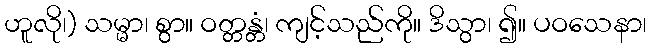
ဟူလို၊) သမ္မာ၊ စွာ။ ဝတ္တန္တံ၊ ကျင့်သည်ကို။ ဒိသွာ၊ ၍။ ပဝသေနာ၊